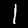
Label: 1